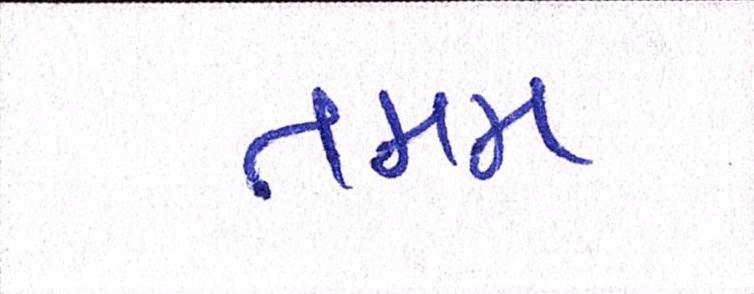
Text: તમમ